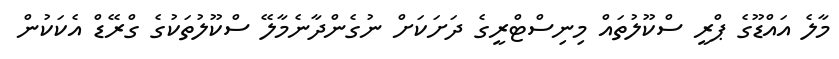
މާލެ އައްޑޫގެ ޕްރީ ސްކޫލުތައް މިނިސްޓްރީގެ ދަށަކަށް ނުގެންދާނެމާލޭ ސްކޫލުތަކުގެ ގްރޭޑް އެކަކުން